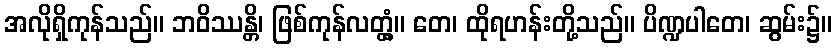
အလိုရှိကုန်သည်။ ဘဝိဿန္တိ၊ ဖြစ်ကုန်လတ္တံ့။ တေ၊ ထိုရဟန်းတို့သည်။ ပိဏ္ဍပါတေ၊ ဆွမ်း၌။